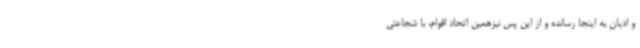
و ادیان به اینجا رسانده و از این پس نیزهمین اتحاد اقوام، با شجاعتی